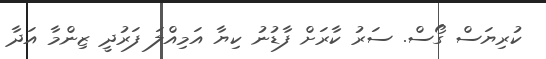
ކުރިޔަސް ގޯސް. ސަރު ކާރަށް ފާޑުނު ކިޔާ އަމިއްލަ ފަރުދީ ޒިންމާ އަދާ